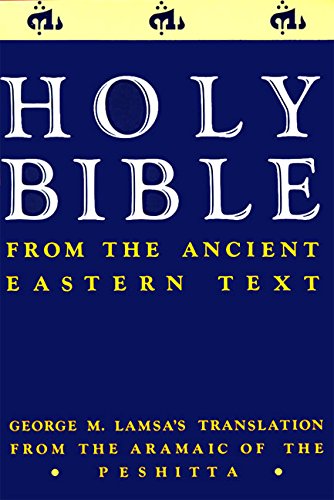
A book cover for Holy Bible: From the Ancient Eastern Text: George M. Lamsa's Translation From the Aramaic of the Peshitta; George M. Lamsa; History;